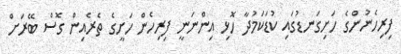
ފިރިހެނުންގެ ހަށިގަނޑުގައި ކުޑަކަމުދާ ހޮޅި އިންނަނީ ފިރިހެން ހަށީގެ ތެރެއިން ގޮސް ބޭރަށް